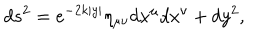
d s ^ { 2 } = e ^ { - 2 k | y | } \eta _ { \mu \nu } d x ^ { \mu } d x ^ { \nu } + d y ^ { 2 } ,